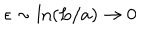
LaTeX: \epsilon \sim \mathrm { l n } ( L / a ) \to 0